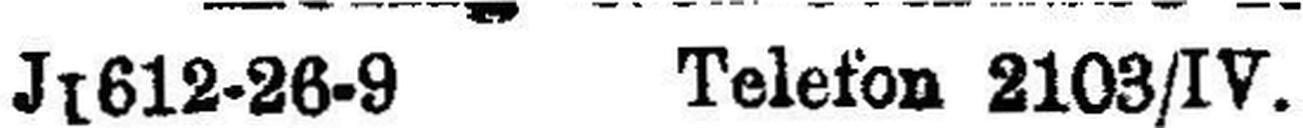
J1612-26-9 Telefon 2103/IV.